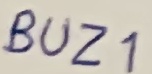
Text: BUZ1